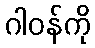
ဂါဝန်ကို